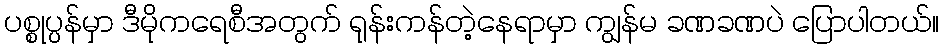
ပစ္စုပ္ပန်မှာ ဒီမိုကရေစီအတွက် ရုန်းကန်တဲ့နေရာမှာ ကျွန်မ ခဏခဏပဲ ပြောပါတယ်။